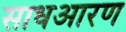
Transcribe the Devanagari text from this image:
साधआरण